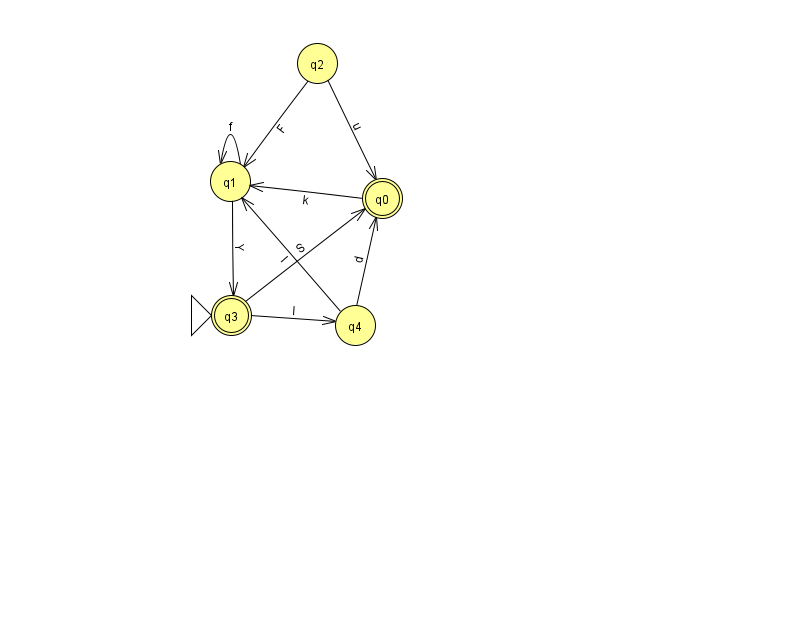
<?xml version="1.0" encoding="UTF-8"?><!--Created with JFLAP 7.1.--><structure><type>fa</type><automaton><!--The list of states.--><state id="0" name="q0"><x>382.0</x><y>185.0</y><final/></state><state id="1" name="q1"><x>230.0</x><y>168.0</y></state><state id="2" name="q2"><x>317.0</x><y>50.0</y></state><state id="3" name="q3"><x>231.0</x><y>302.0</y><initial/><final/></state><state id="4" name="q4"><x>355.0</x><y>312.0</y></state><!--The list of transitions.--><transition><from>2</from><to>0</to><read>u</read></transition><transition><from>0</from><to>1</to><read>k</read></transition><transition><from>1</from><to>1</to><read>f</read></transition><transition><from>3</from><to>0</to><read>S</read></transition><transition><from>3</from><to>4</to><read>l</read></transition><transition><from>4</from><to>0</to><read>d</read></transition><transition><from>1</from><to>3</to><read>Y</read></transition><transition><from>2</from><to>1</to><read>F</read></transition><transition><from>4</from><to>1</to><read>l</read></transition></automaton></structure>